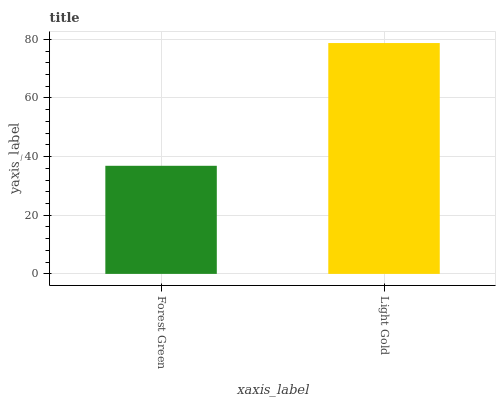
| xaxis_label | bars |
 | --- | --- |
 | Forest Green | 36.9 |
 | Light Gold | 78.7 |